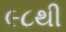
૯૮થી